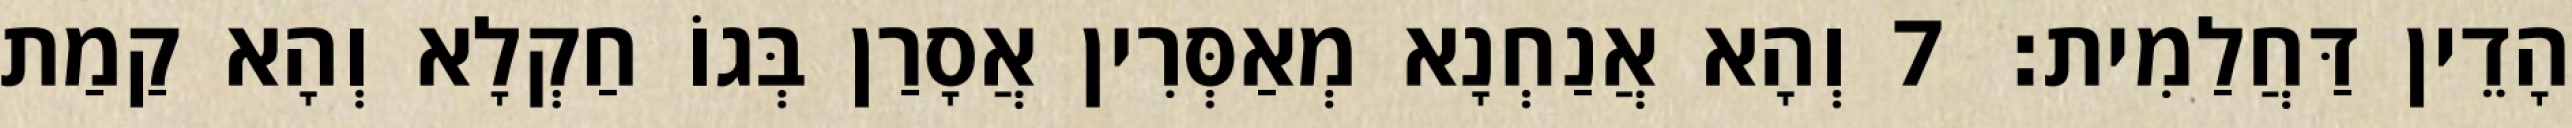
הָדֵין דַּחֲלַמִית׃ 7 וְהָא אֲנַחְנָא מְאַסְּרִין אֲסָרַן בְּגוֹ חַקְלָא וְהָא קַמַת